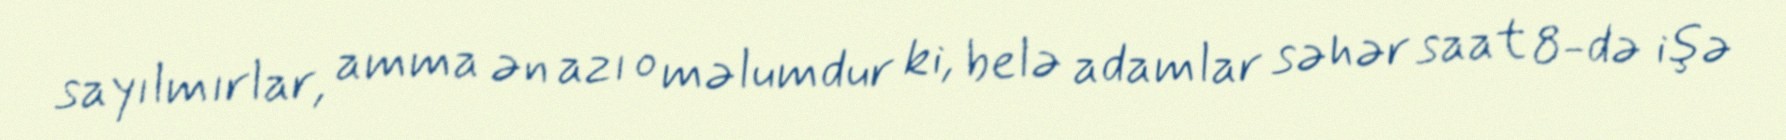
sayılmırlar, amma ən azı o məlumdur ki, belə adamlar səhər saat 8-də işə